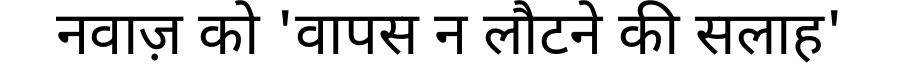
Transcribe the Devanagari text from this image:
नवाज़ को 'वापस न लौटने की सलाह'